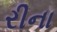
રીના